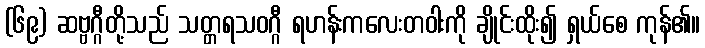
(၆၉) ဆဗ္ဗဂ္ဂီတို့သည် သတ္တ္ကရသဝဂ္ဂီ ရဟန်းကလေးတဝါးကို ချိုင်းထိုး၍ ရှယ်စေ ကုန်၏။